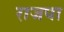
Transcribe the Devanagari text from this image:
राजपा